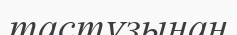
тастұзынан